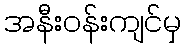
အနီးဝန်းကျင်မှ